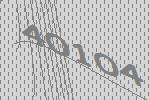
40104